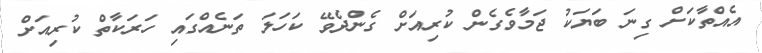
އެއްތާކަށް ގިނަ ބަޔަކު ޖަމާވެގެން ކުރިއަށް ގެންދެވޭ ކަހަލަ ތަނެއްގައި ހަަރަކާތް ކުރިއަށް